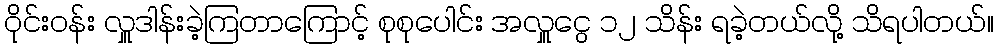
ဝိုင်းဝန်း လှူဒါန်းခဲ့ကြတာကြောင့် စုစုပေါင်း အလှူငွေ ၁၂ သိန်း ရခဲ့တယ်လို့ သိရပါတယ်။